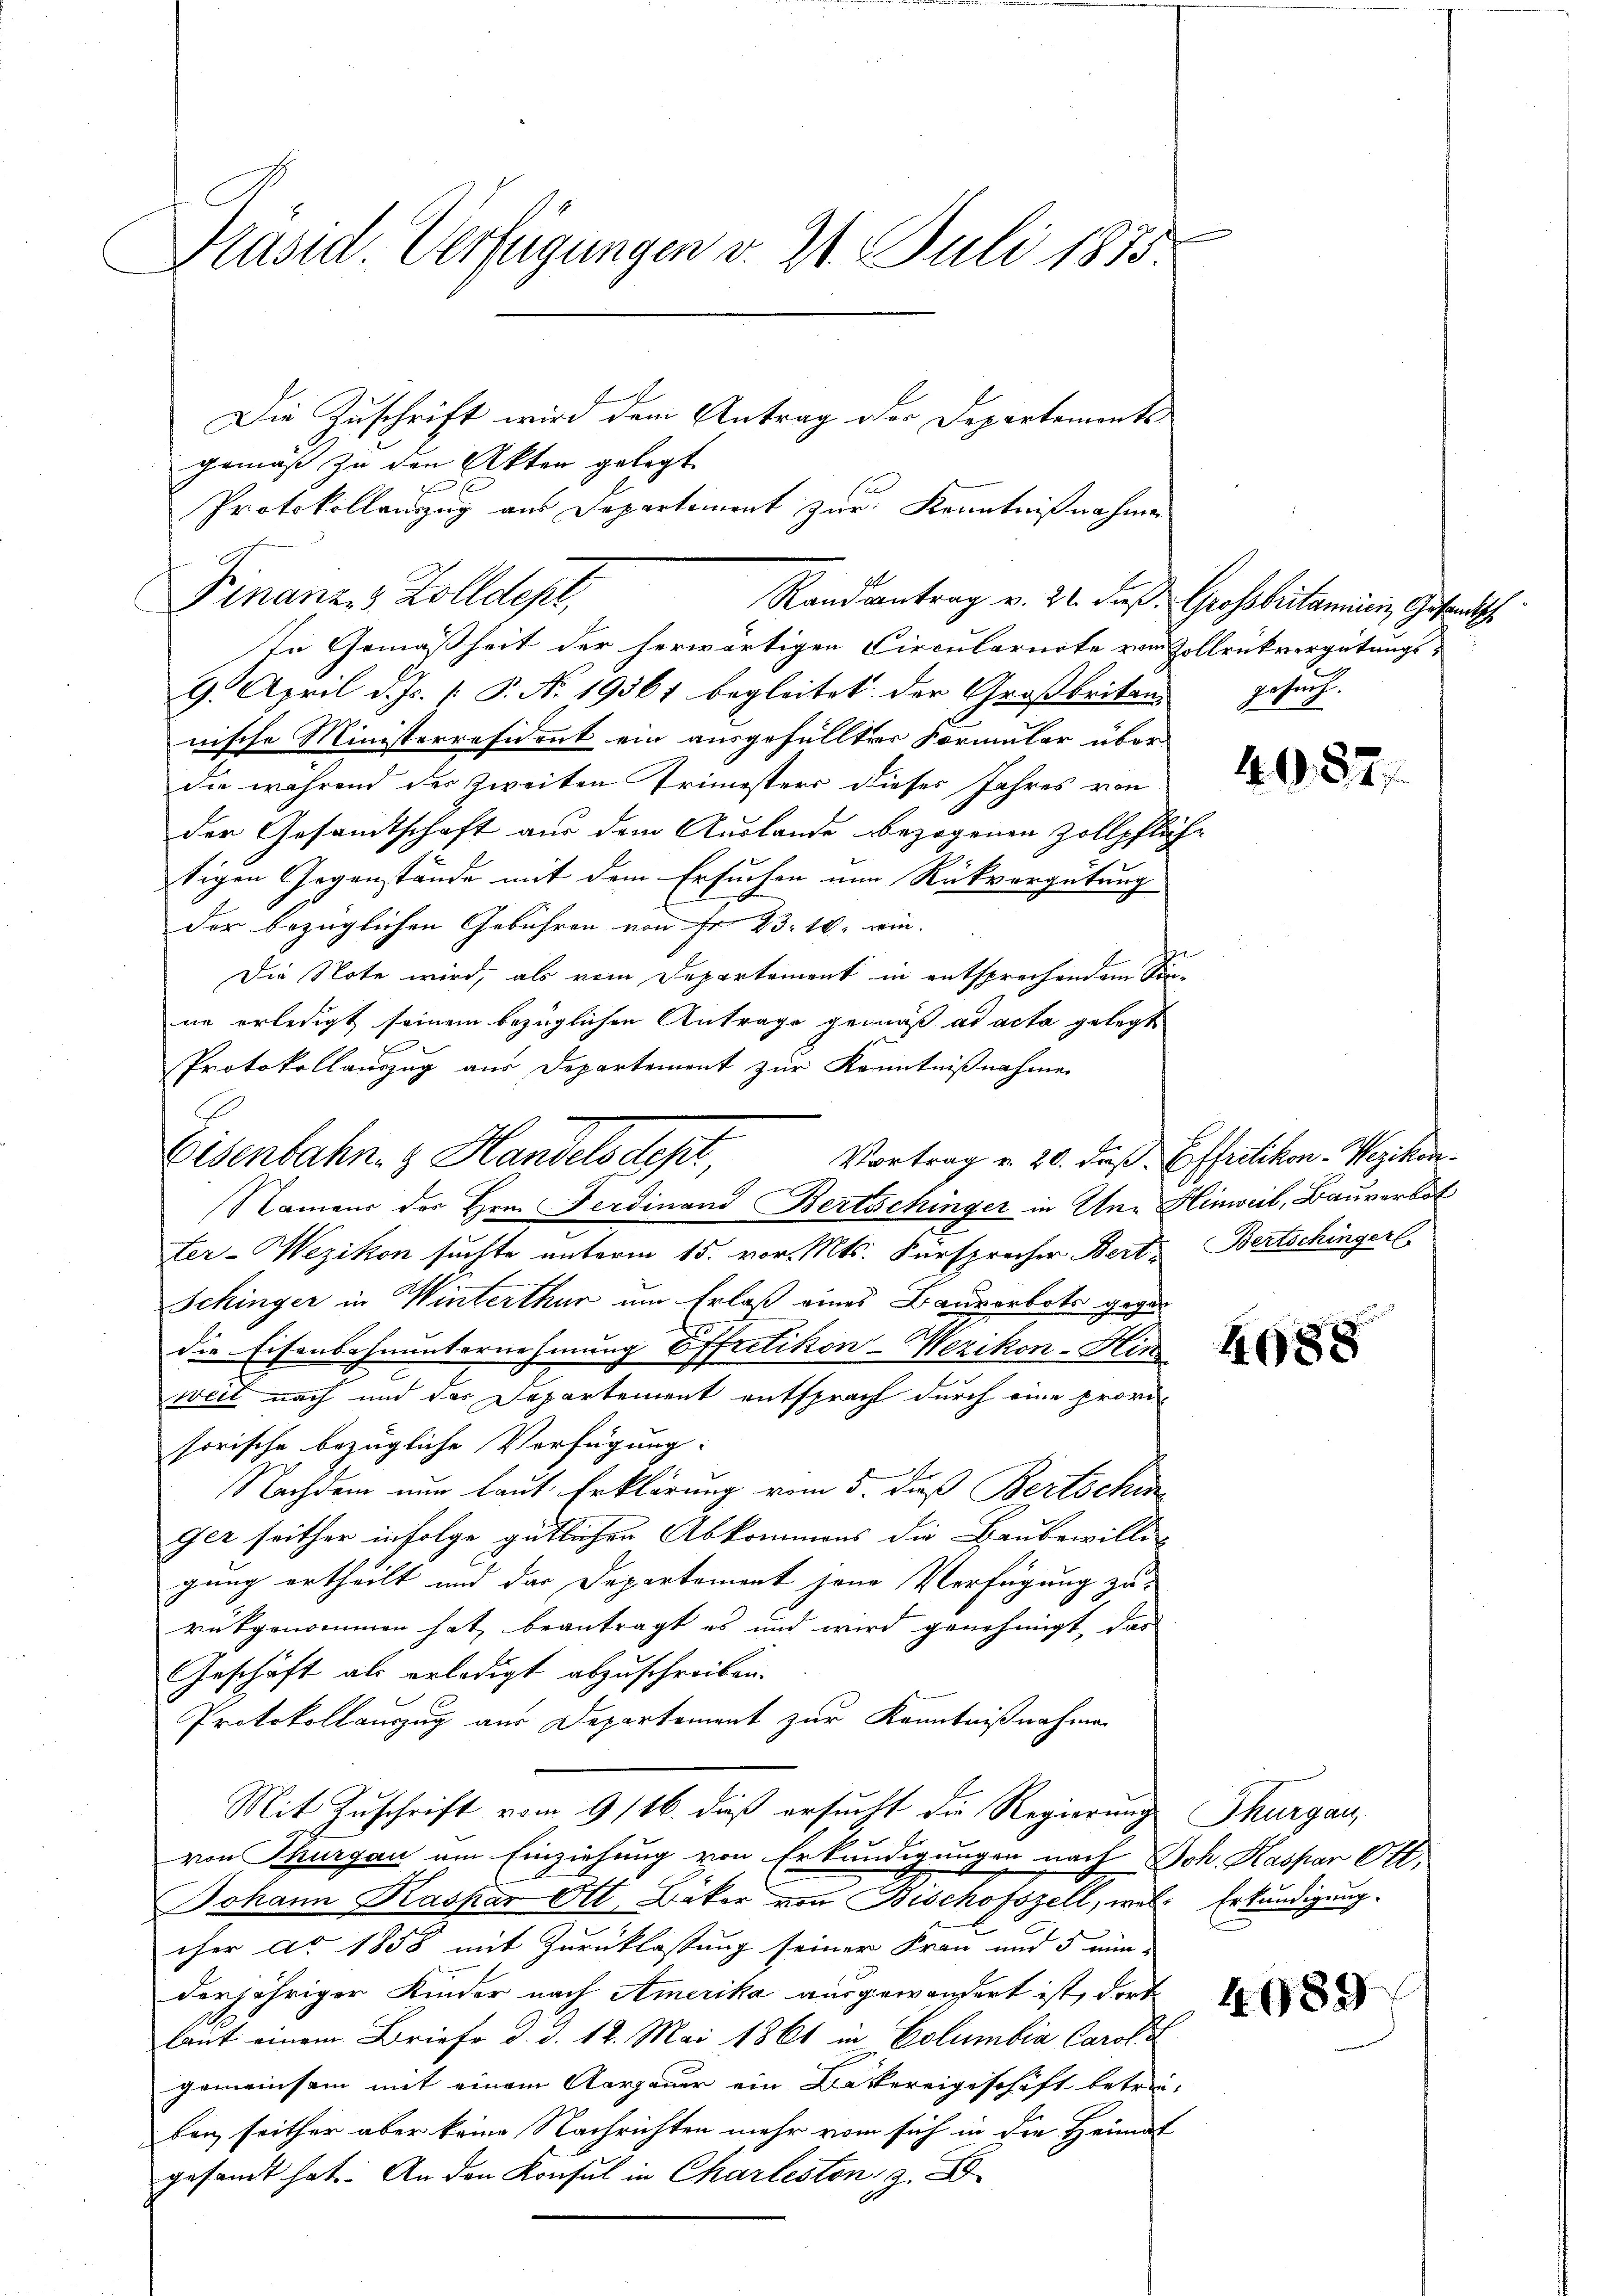
Präsid. Verfügungen v. 21. Juli 1875

Die Zuschrift wird dem Antrag der Departements
gemäß zu den Akten gelegt
In Gemäßheit der herwärtigen Circularirte vom
9. April d. Js. [ P. Nr. 19361 begleitet der Großbritan
nische Ministerresident ein ausgefüllter Formular über
die während der zweiten Trimesters dieses Jahres von
der Gesandtschaft aus dem Auslande bezogenen Zollpft.
tigen Gegenstände mit dem Ersuchen nun Rückvergütung
der bezüglichen Gebühren von Fr. 23. 10. wie-
Die Note wird, als vom Departement in entsprechendem Se
ne erledigt seinem bezüglichen Antrage gemäß ad acta gelegt
Protokollauszug aus Departement zur Kenntnißnahme
Namens der Hrn. Ferdinand Bertschinger in An- Hinweil, Bauverbot
ter-Wezikon suchte unterm 15. vor. Mts. Fürsprocher Berts Bertschingerl
Schinger in Winterthur um Erlaß eines Bauverbots gegen
die Eisenbahnunternehmung Effretikon-Wezikon-Hin
weil nach und das Departement entspracht durch eine provi-
sorische bezügliche Verfügung:
Nachdem nun laut Erklärung vom 5. daß Bertschi
Ger seither infolge gütlichen Abkommens die Baubewilli
gung ertheilt und das Departement jene Verfügung zu
rükgenommen hat, beantragt es und wird genehmigt, dar
Geschäft als erledigt abzuschreiben.
Protokollauszug aus Departement zur Kenntnißnahme
Mit Zuschrift vom 9/16. dieß ersucht die Regierung
von Thurgau am Einziehung von Erkundigungen nach
Johann Kaspar Ott. Baker von Bischofszell, wele Erkundigung.
cher Ao 1858 mit Zurücklassung seiner Frau und 5 ein-
derjähriger Kinder nach Amerika ausgewandert ist, dort
laut einem Briefe d. d. 12. Mai 1861 in Columbia Caroli
gemeinsam mit einem Aargauer ein Deckereigeschäft betre
ben seither aber keine Nachrichten mehr vom sich in die Heimat
gesamt hat. An den Konsul in Charleston, z.

Finanz- & Zolldept,

Protokollauszug aus Departement zur Kenntnißnahme

Eisenbahn- & Handelsdept, Vortrag u. 20. Fuß.

Randsantrag v. 22. dieß.

Grossbritannien, Gesandtsch
Zollrückvergütungs-
gesuch.

.

49,82

Effretikon-Wezikon.

4088

Thurgau
Boh. Kaspar Ott.

4089